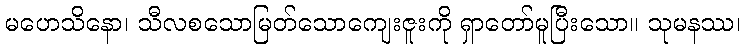
မဟေသိနော၊ သီလစသောမြတ်သောကျေးဇူးကို ရှာတော်မူပြီးသော။ သုမနဿ၊